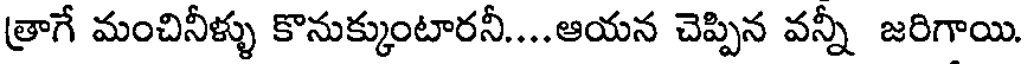
త్రాగే మంచినీళ్ళు కొనుక్కుంటారనీ....ఆయన చెప్పిన వన్నీ జరిగాయి.